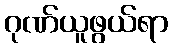
ဂုဏ်ယူဖွယ်ရာ